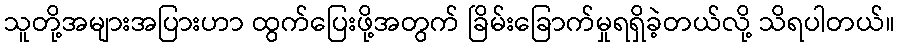
သူတို့အများအပြားဟာ ထွက်ပြေးဖို့အတွက် ခြိမ်းခြောက်မှုရရှိခဲ့တယ်လို့ သိရပါတယ်။